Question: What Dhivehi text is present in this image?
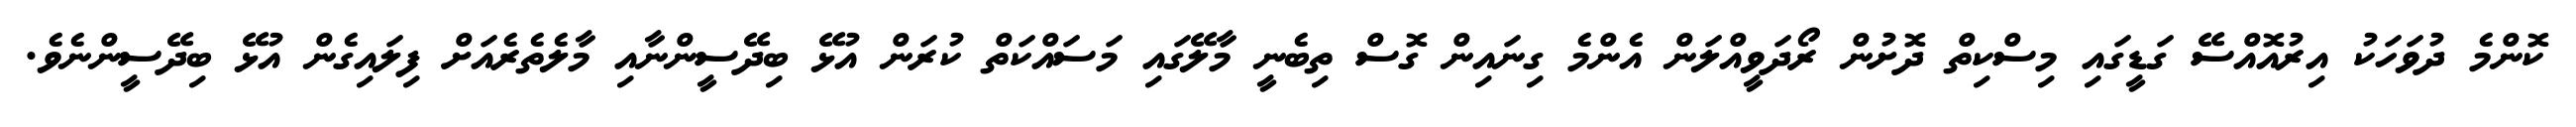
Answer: ކޮންމެ ދުވަހަކު އިރުއޮއްސޭ ގަޑީގައި މިސްކިތް ދޮށުން ރޯދަވީއްލަން އެންމެ ގިނައިން ގޮސް ތިބެނީ މާލޭގައި މަސައްކަތް ކުރަން އުޅޭ ބިދޭސީންނާއި މާލެތެރެއަށް ފިލައިގެން އުޅޭ ބިދޭސީންނެވެ.